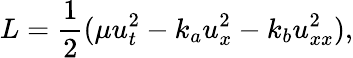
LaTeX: L=\frac{1}{2}(\mu u_{t}^{2}-k_{a}u_{x}^{2}-k_{b}u_{xx}^{2}),